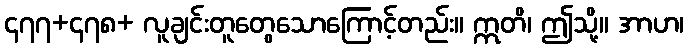
၄၇၇+၄၇၈+ လူချင်းတူတွေသောကြောင့်တည်း။ ဣတိ၊ ဤသို့။ အာဟ၊